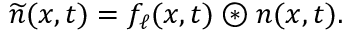
\widetilde { n } ( x , t ) = f _ { \ell } ( x , t ) \circledast n ( x , t ) .